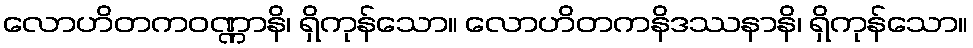
လောဟိတကဝဏ္ဏာနိ၊ ရှိကုန်သော။ လောဟိတကနိဒဿနာနိ၊ ရှိကုန်သော။